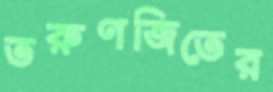
তরুণজিতের